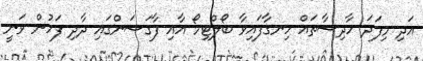
އަދި މިފަދަ ހާދިސާތައް ހިނގާފައިވާ ބޯލްޓިމޯ އާއި ފާގަސަންގައި ދާދި ފަހުން ވަނީ